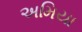
અમિયા